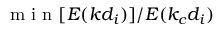
\mathrm { ~ m ~ i ~ n ~ } [ E ( k d _ { i } ) ] / E ( k _ { c } d _ { i } )